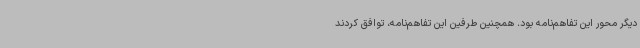
دیگر محور این تفاهم‌نامه بود. همچنین طرفین این تفاهم‌نامه، توافق کردند